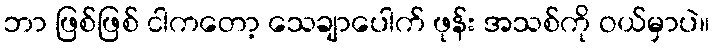
ဘာ ဖြစ်ဖြစ် ငါကတော့ သေချာပေါက် ဖုန်း အသစ်ကို ဝယ်မှာပဲ။